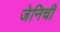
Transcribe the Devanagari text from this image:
जेनिची